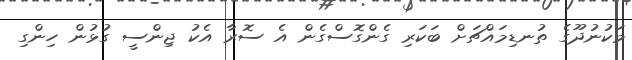
މަކުނުދޫގެ ތުނޑިމައްޗަށް ބަކަރި ގެންގޮސްގެން އެ ސޮރާ އެކު ޖިންސީ ގުޅުން ހިންގި